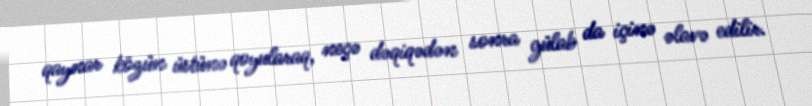
qaynar közün üstünə qoyularaq, neçə dəqiqədən sonra gülab da içinə əlavə edilir.